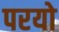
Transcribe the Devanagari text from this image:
परयो